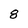
Character: 8